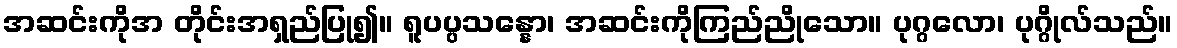
အဆင်းကိုအ တိုင်းအရှည်ပြု၍။ ရူပပ္ပသန္နော၊ အဆင်းကိုကြည်ညိုသော။ ပုဂ္ဂလော၊ ပုဂ္ဂိုလ်သည်။